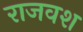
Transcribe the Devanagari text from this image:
राजवश